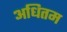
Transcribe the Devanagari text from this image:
अधितम